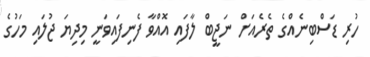
ހުރި ޑަސްބިނެއްގެ ތެރެއަށް ނަޖީބް ލާފައި އޮއްވާ ފެނިފައިވަނީ މިދިޔަ ޖުލައި މަހުގެ